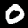
Digit: 0